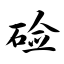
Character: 硷